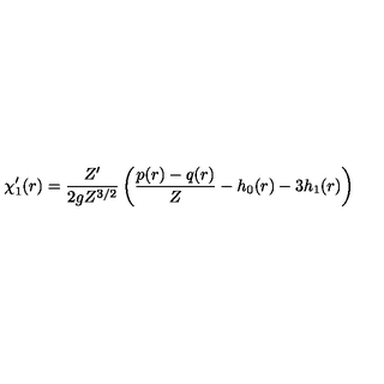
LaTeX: \chi _ { 1 } ^ { \prime } ( r ) = \frac { Z ^ { \prime } } { 2 g Z ^ { 3 / 2 } } \left( \frac { p ( r ) - q ( r ) } { Z } - h _ { 0 } ( r ) - 3 h _ { 1 } ( r ) \right)